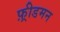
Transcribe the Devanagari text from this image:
फ़्रीडमन